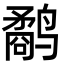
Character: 鹬